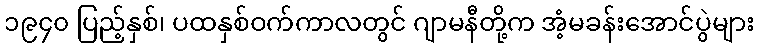
၁၉၄၀ ပြည့်နှစ်၊ ပထနှစ်ဝက်ကာလတွင် ဂျာမနီတို့က အံ့မခန်းအောင်ပွဲများ